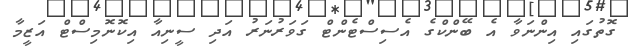
ގޮތުގައި އިންނަވާ އެ ބޭންކްގެ އެސިސްޓެންޓް ގަވަރުނަރު އަދި ސީނިއާ އިކޮނޮމިސްޓް އަޒީމާ